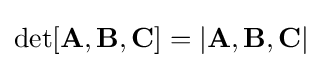
\det[\mathbf {A} ,\mathbf {B} ,\mathbf {C} ]=|\mathbf {A} ,\mathbf {B} ,\mathbf {C} |